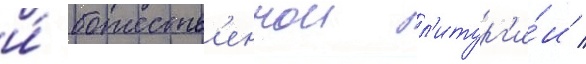
и́ божеств'еннои л'итург'и́и /